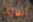
أبوية